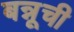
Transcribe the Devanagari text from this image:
बन्नूची